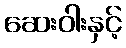
ဆေးဝါးနှင့်